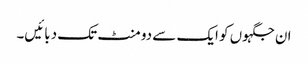
ان جگہوں کو ایک سے دو منٹ تک دبائیں۔